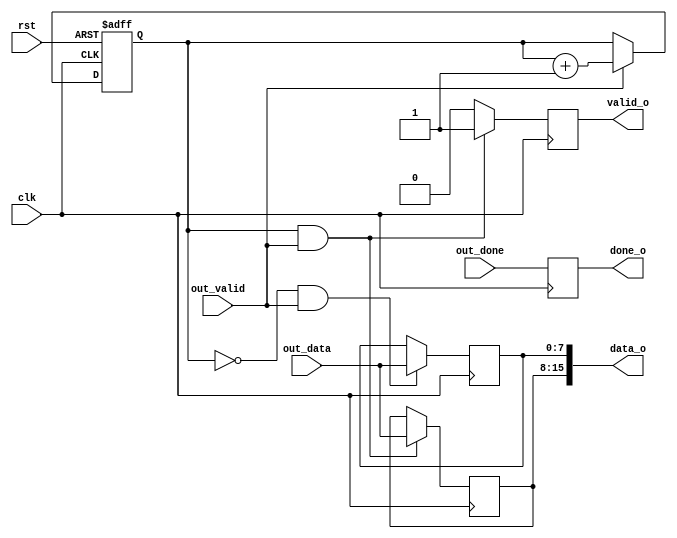
/******************************************************************************
 *
 *             Version : 0.1
 *         Description : LZS decode algorithm output
 *        Dependencies :
 * 
 *             Company : Beijing Soul
 * 
 *****************************************************************************/
module decode_out (/*AUTOARG*/
   // Outputs
   data_o, valid_o, done_o,
   // Inputs
   clk, rst, out_valid, out_done, out_data
   );
   input clk,
	 rst;

   input out_valid, out_done;
   input [7:0] out_data;

   output [15:0] data_o;
   output 	 valid_o, done_o;

   /*AUTOREG*/
   // Beginning of automatic regs (for this module's undeclared outputs)
   reg [15:0]		data_o;
   reg			done_o;
   reg			valid_o;
   // End of automatics

   reg  		cnt;
   always @(posedge clk or posedge rst)
     begin
	if (rst)
	  cnt <= #1 1'b0;
	else if (out_valid)
	  cnt <= #1 cnt + 1'b1;
     end

   always @(posedge clk)
     begin
	if (~cnt && out_valid)
	  data_o[7:0] <= #1 out_data;
     end

   always @(posedge clk)
     begin
	if (cnt && out_valid)
	  data_o[15:8] <= #1 out_data;
     end

   always @(posedge clk)
     begin
	if ((&cnt) && out_valid)
	  valid_o <= #1 1'b1;
	else
	  valid_o <= #1 1'b0;
     end
   
   always @(posedge clk)
	done_o <=  #1 out_done;
   
endmodule // decode_out